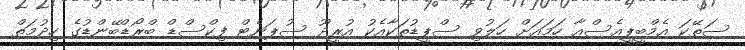
ސަތޭކަ އެމްބީޕީއެސްއާ ހަމައަށް ހަލުވި ސްޕީޑުތަކާއެކު އުރީދޫ ސުޕަނެޓް ފިކްސްޑް ބްރޯޑްބޭންޑުގެ ހިދުމަތް